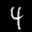
Label: 4